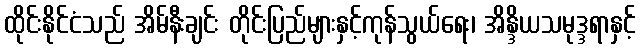
ထိုင်းနိုင်ငံသည် အိမ်နီးချင်း တိုင်းပြည်များနှင့်ကုန်သွယ်ရေး၊ အိန္ဒိယသမုဒ္ဒရာနှင့်